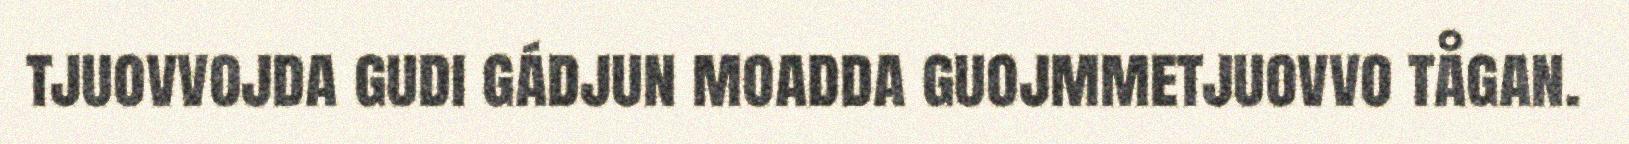
tjuovvojda gudi gádjun moadda guojmmetjuovvo tågan.